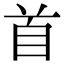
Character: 首